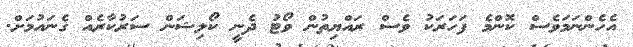
އެހެންނަމަވެސް ކޮންމެ ފަހަރަކު ވެސް ރައްޔިތުން ވޯޓު ދެނީ ކޯލިޝަން ސަރުކާރެއް ގެނައުމަށް.